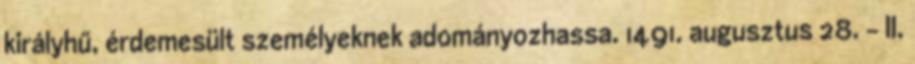
királyhű, érdemesült személyeknek adományozhassa. 1491. augusztus 28. – II.